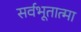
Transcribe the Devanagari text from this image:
सर्वभूतात्मा